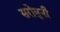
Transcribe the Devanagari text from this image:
सरोगुनी